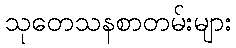
သုတေသနစာတမ်းများ